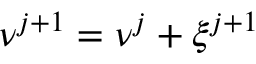
\ensuremath { \boldsymbol \nu } ^ { j + 1 } = \ensuremath { \boldsymbol \nu } ^ { j } + \boldsymbol \xi ^ { j + 1 }